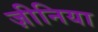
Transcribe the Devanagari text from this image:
ज़ीनिया